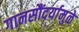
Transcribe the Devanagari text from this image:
गानसौंदर्यामुळे